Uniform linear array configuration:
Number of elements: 8
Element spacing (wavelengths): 0.5
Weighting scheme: blackman
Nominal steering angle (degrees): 60
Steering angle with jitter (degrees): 60.013
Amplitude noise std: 0.05
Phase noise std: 0.05

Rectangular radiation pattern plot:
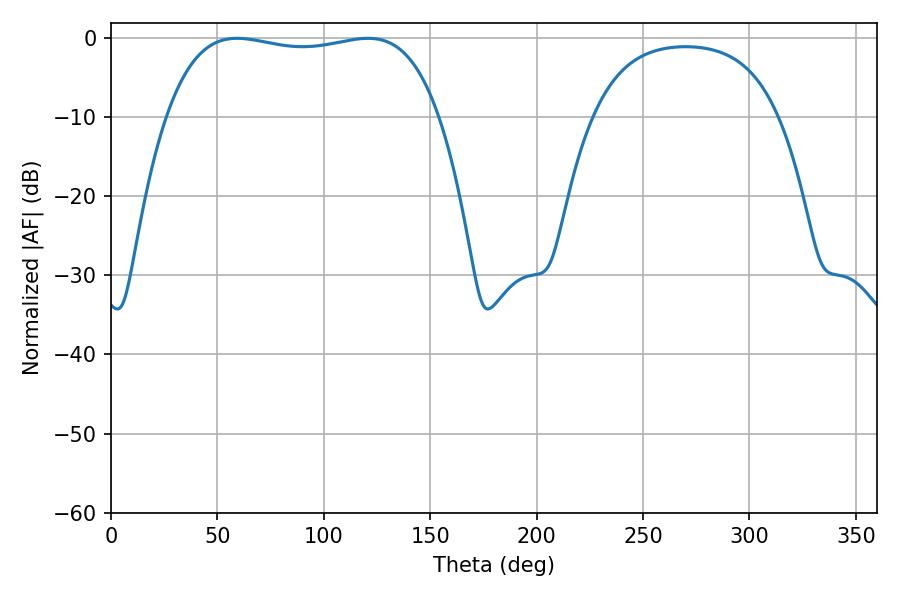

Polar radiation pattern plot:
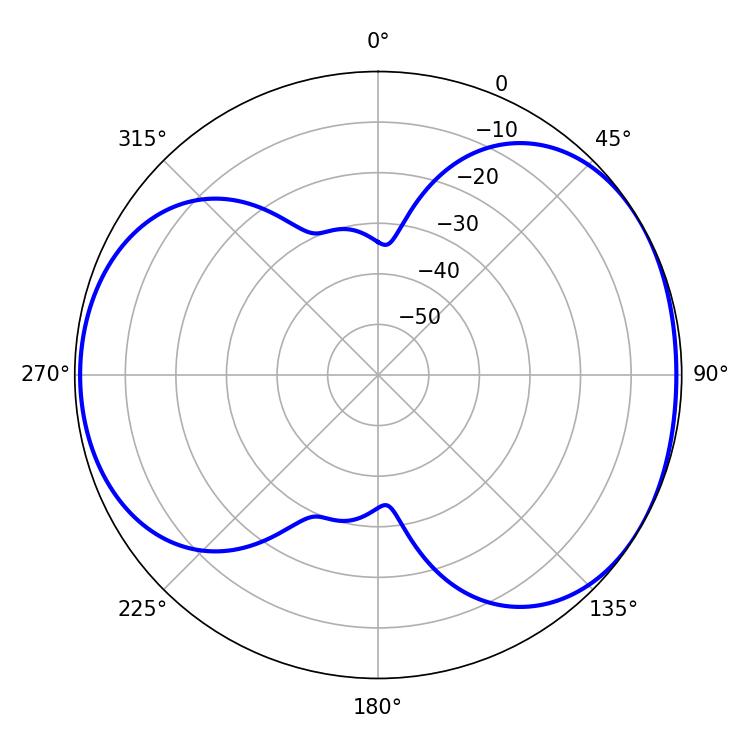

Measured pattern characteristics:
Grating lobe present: FALSE
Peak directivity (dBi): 4.739
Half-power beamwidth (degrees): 102.6
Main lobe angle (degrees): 59.22